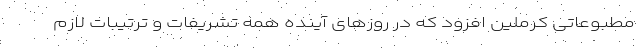
مطبوعاتی کرملین افزود که در روزهای آینده همه تشریفات و ترتیبات لازم